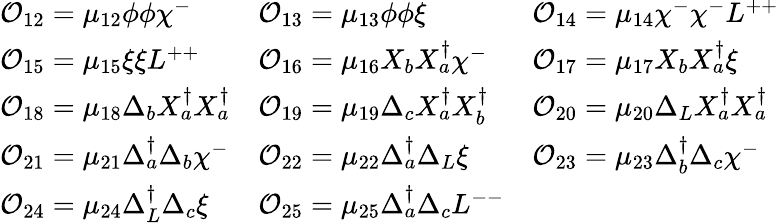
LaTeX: \begin{array}{lll}{{{\cal O}_{12}=\mu_{12}\phi\phi\chi^{-}}}&{{{\cal O}_{13}=\mu_{13}\phi\phi\xi}}&{{{\cal O}_{14}=\mu_{14}\chi^{-}\chi^{-}L^{++}}}\\ {{{\cal O}_{15}=\mu_{15}\xi\xi L^{++}}}&{{{\cal O}_{16}=\mu_{16}X_{b}X_{a}^{\dagger}\chi^{-}}}&{{{\cal O}_{17}=\mu_{17}X_{b}X_{a}^{\dagger}\xi}}\\ {{{\cal O}_{18}=\mu_{18}\Delta_{b}X_{a}^{\dagger}X_{a}^{\dagger}}}&{{{\cal O}_{19}=\mu_{19}\Delta_{c}X_{a}^{\dagger}X_{b}^{\dagger}}}&{{{\cal O}_{20}=\mu_{20}\Delta_{L}X_{a}^{\dagger}X_{a}^{\dagger}}}\\ {{{\cal O}_{21}=\mu_{21}\Delta_{a}^{\dagger}\Delta_{b}\chi^{-}}}&{{{\cal O}_{22}=\mu_{22}\Delta_{a}^{\dagger}\Delta_{L}\xi}}&{{{\cal O}_{23}=\mu_{23}\Delta_{b}^{\dagger}\Delta_{c}\chi^{-}}}\\ {{{\cal O}_{24}=\mu_{24}\Delta_{L}^{\dagger}\Delta_{c}\xi}}&{{{\cal O}_{25}=\mu_{25}\Delta_{a}^{\dagger}\Delta_{c}L^{--}}}&{{}}\end{array}